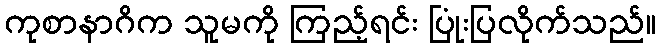
ကုစာနာဂိက သူမကို ကြည့်ရင်း ပြုံးပြလိုက်သည်။